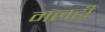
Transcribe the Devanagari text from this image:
मलही